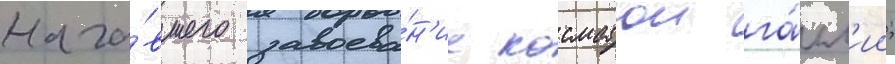
нача́вшего завоева́н'ие косматои га́лл'ии;